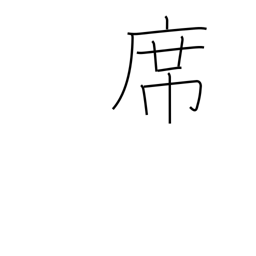
Meaning: seat